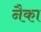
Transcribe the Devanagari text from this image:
नैका